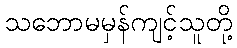
သဘောမမှန်ကျင့်သူတို့